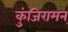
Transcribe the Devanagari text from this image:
कुंजिरामन्